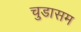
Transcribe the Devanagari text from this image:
चुडासम